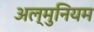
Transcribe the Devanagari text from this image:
अल्मुनियम